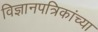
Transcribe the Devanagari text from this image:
विज्ञानपत्रिकांच्या